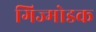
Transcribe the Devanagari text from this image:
गिज्मोडक